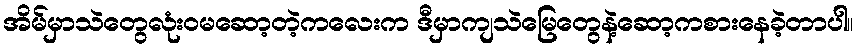
အိမ်မှာသဲတွေလုံးဝမဆော့တဲ့ကလေးက ဒီမှာကျသဲမြေတွေနဲ့ဆော့ကစားနေခဲ့တာပါ။